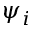
\psi _ { i }